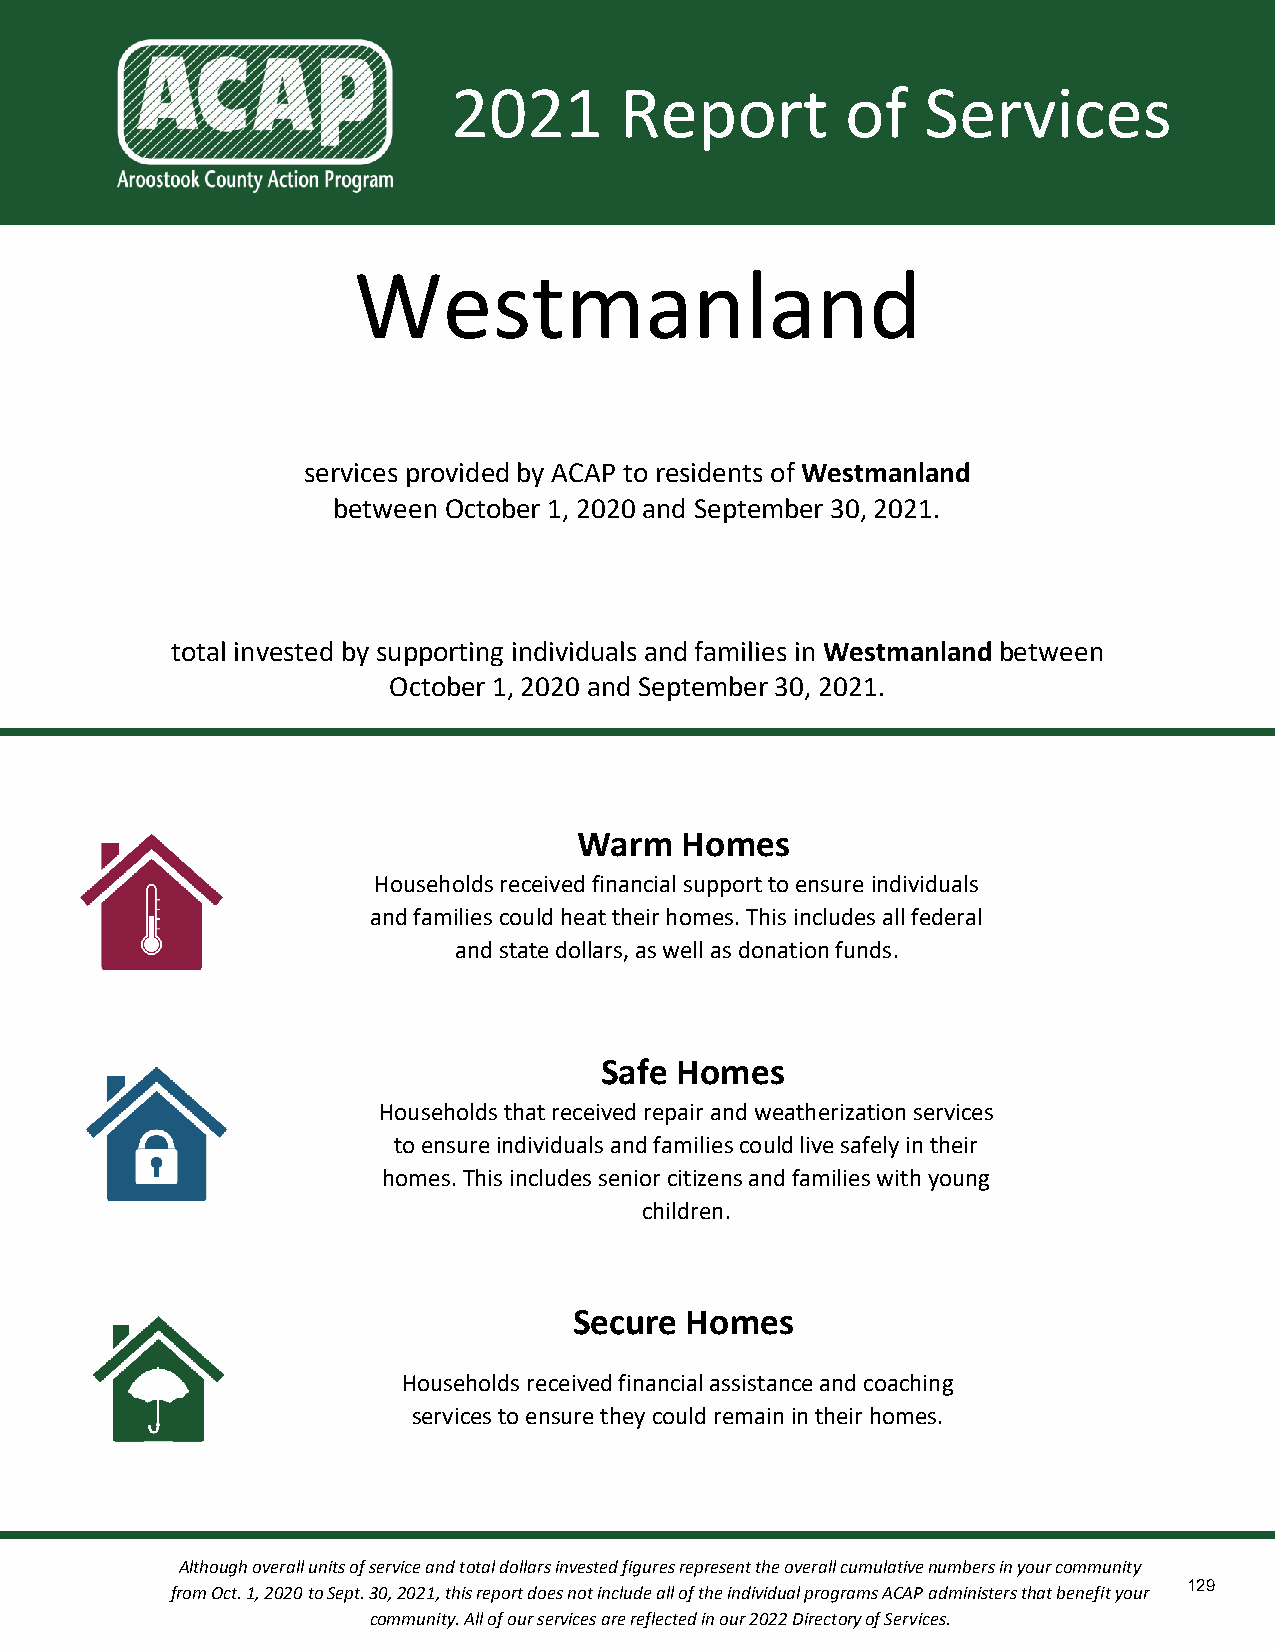
2021       Report         of   Services
 Westmanland
 services provided by ACAP to residents of Westmanland
 between October 1, 2020 and September 30, 2021.
 total invested by supporting individuals and families in Westmanland between
 October 1, 2020 and September 30, 2021.
 Warm   Homes
 Households received financial support to ensure individuals
 and families could heat their homes. This includes all federal
 and state dollars, as well as donation funds.
 Safe Homes
 Households that received repair and weatherization services
 to ensure individuals and families could live safely in their
 homes. This includes senior citizens and families with young
 children.
 Secure Homes
 Households received financial assistance and coaching
 services to ensure they could remain in their homes.
 Although overall units of service and total dollars invested figures represent the overall cumulative numbers in your community
 129
 from Oct. 1, 2020 to Sept. 30, 2021, this report does not include all of the individual programs ACAP administers that benefit your
 community. All of our services are reflected in our 2022 Directory of Services.